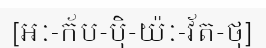
[អៈ-ក័ប-ប៉ិ-យ៉ៈ-វ័ត-ថុ]